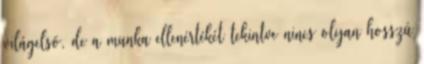
világelsõ, de a munka ellenértékét tekintve nincs olyan hosszú